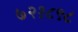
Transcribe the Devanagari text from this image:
७२१८९८